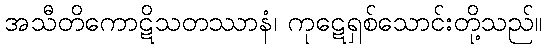
အသီတိကောဋိသတဿာနံ၊ ကုဋေရှစ်သောင်းတို့သည်။